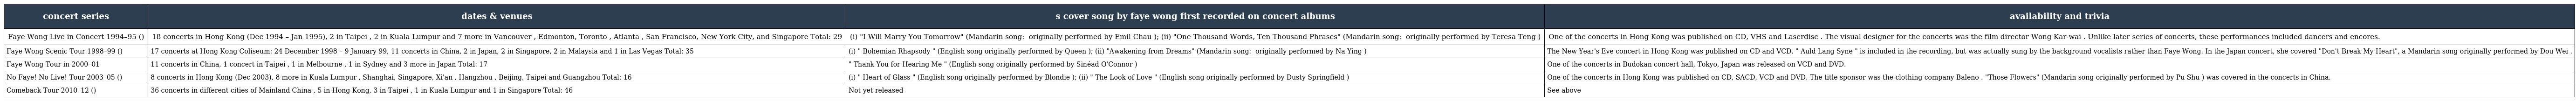
| concert series | dates & venues | s cover song by faye wong first recorded on concert albums | availability and trivia |
 | --- | --- | --- | --- |
 | Faye Wong Live in Concert 1994–95 (王菲最精彩演唱會) | 18 concerts in Hong Kong (Dec 1994 – Jan 1995), 2 in Taipei , 2 in Kuala Lumpur and 7 more in Vancouver , Edmonton, Toronto , Atlanta , San Francisco, New York City, and Singapore Total: 29 | (i) "I Will Marry You Tomorrow" (Mandarin song: 明天我要嫁给你 originally performed by Emil Chau ); (ii) "One Thousand Words, Ten Thousand Phrases" (Mandarin song: 千言万语 originally performed by Teresa Teng ) | One of the concerts in Hong Kong was published on CD, VHS and Laserdisc . The visual designer for the concerts was the film director Wong Kar-wai . Unlike later series of concerts, these performances included dancers and encores. |
 | Faye Wong Scenic Tour 1998–99 (王菲唱游大世界演唱會) | 17 concerts at Hong Kong Coliseum: 24 December 1998 – 9 January 99, 11 concerts in China, 2 in Japan, 2 in Singapore, 2 in Malaysia and 1 in Las Vegas Total: 35 | (i) " Bohemian Rhapsody " (English song originally performed by Queen ); (ii) "Awakening from Dreams" (Mandarin song: 夢醒了 originally performed by Na Ying ) | The New Year's Eve concert in Hong Kong was published on CD and VCD. " Auld Lang Syne " is included in the recording, but was actually sung by the background vocalists rather than Faye Wong. In the Japan concert, she covered "Don't Break My Heart", a Mandarin song originally performed by Dou Wei . |
 | Faye Wong Tour in 2000–01 | 11 concerts in China, 1 concert in Taipei , 1 in Melbourne , 1 in Sydney and 3 more in Japan Total: 17 | " Thank You for Hearing Me " (English song originally performed by Sinéad O'Connor ) | One of the concerts in Budokan concert hall, Tokyo, Japan was released on VCD and DVD. |
 | No Faye! No Live! Tour 2003–05 (菲比尋常) | 8 concerts in Hong Kong (Dec 2003), 8 more in Kuala Lumpur , Shanghai, Singapore, Xi'an , Hangzhou , Beijing, Taipei and Guangzhou Total: 16 | (i) " Heart of Glass " (English song originally performed by Blondie ); (ii) " The Look of Love " (English song originally performed by Dusty Springfield ) | One of the concerts in Hong Kong was published on CD, SACD, VCD and DVD. The title sponsor was the clothing company Baleno . "Those Flowers" (Mandarin song originally performed by Pu Shu ) was covered in the concerts in China. |
 | Comeback Tour 2010–12 (巡唱) | 36 concerts in different cities of Mainland China , 5 in Hong Kong, 3 in Taipei , 1 in Kuala Lumpur and 1 in Singapore Total: 46 | Not yet released | See above |